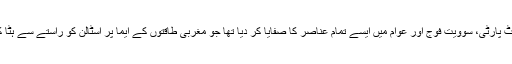
1936 سے 1938 تک اسٹالن نے مقدمات کے ایک پیچیدہ سلسلے کی مدد سے کمیونسٹ پارٹی، سوویت فوج اور عوام میں ایسے تمام عناصر کا صفایا کر دیا تھا جو مغربی طاقتوں کے ایما پر اسٹالن کو راستے سے ہٹا کر سوویت یونین کو غیر مستحکم کرنا اور سرمایہ داری نظام کو واپس لانا چاہتے تھے۔